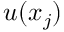
u ( x _ { j } )